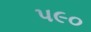
પ૯૦